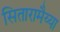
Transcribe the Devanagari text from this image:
सितारामैय्या